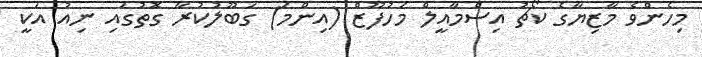
މިހެންވެ މާޒިޔާގެ ކޯޗު އިސްމާއީލް މަހުފޫޒް (އިންމަ) ގަބޫލުކުރާ ގޮތުގައި ނިއު އަކީ